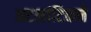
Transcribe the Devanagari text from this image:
अटलांटिकने